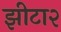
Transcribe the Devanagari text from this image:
झीटा२